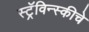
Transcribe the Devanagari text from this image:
स्ट्रॅविन्स्कीचे